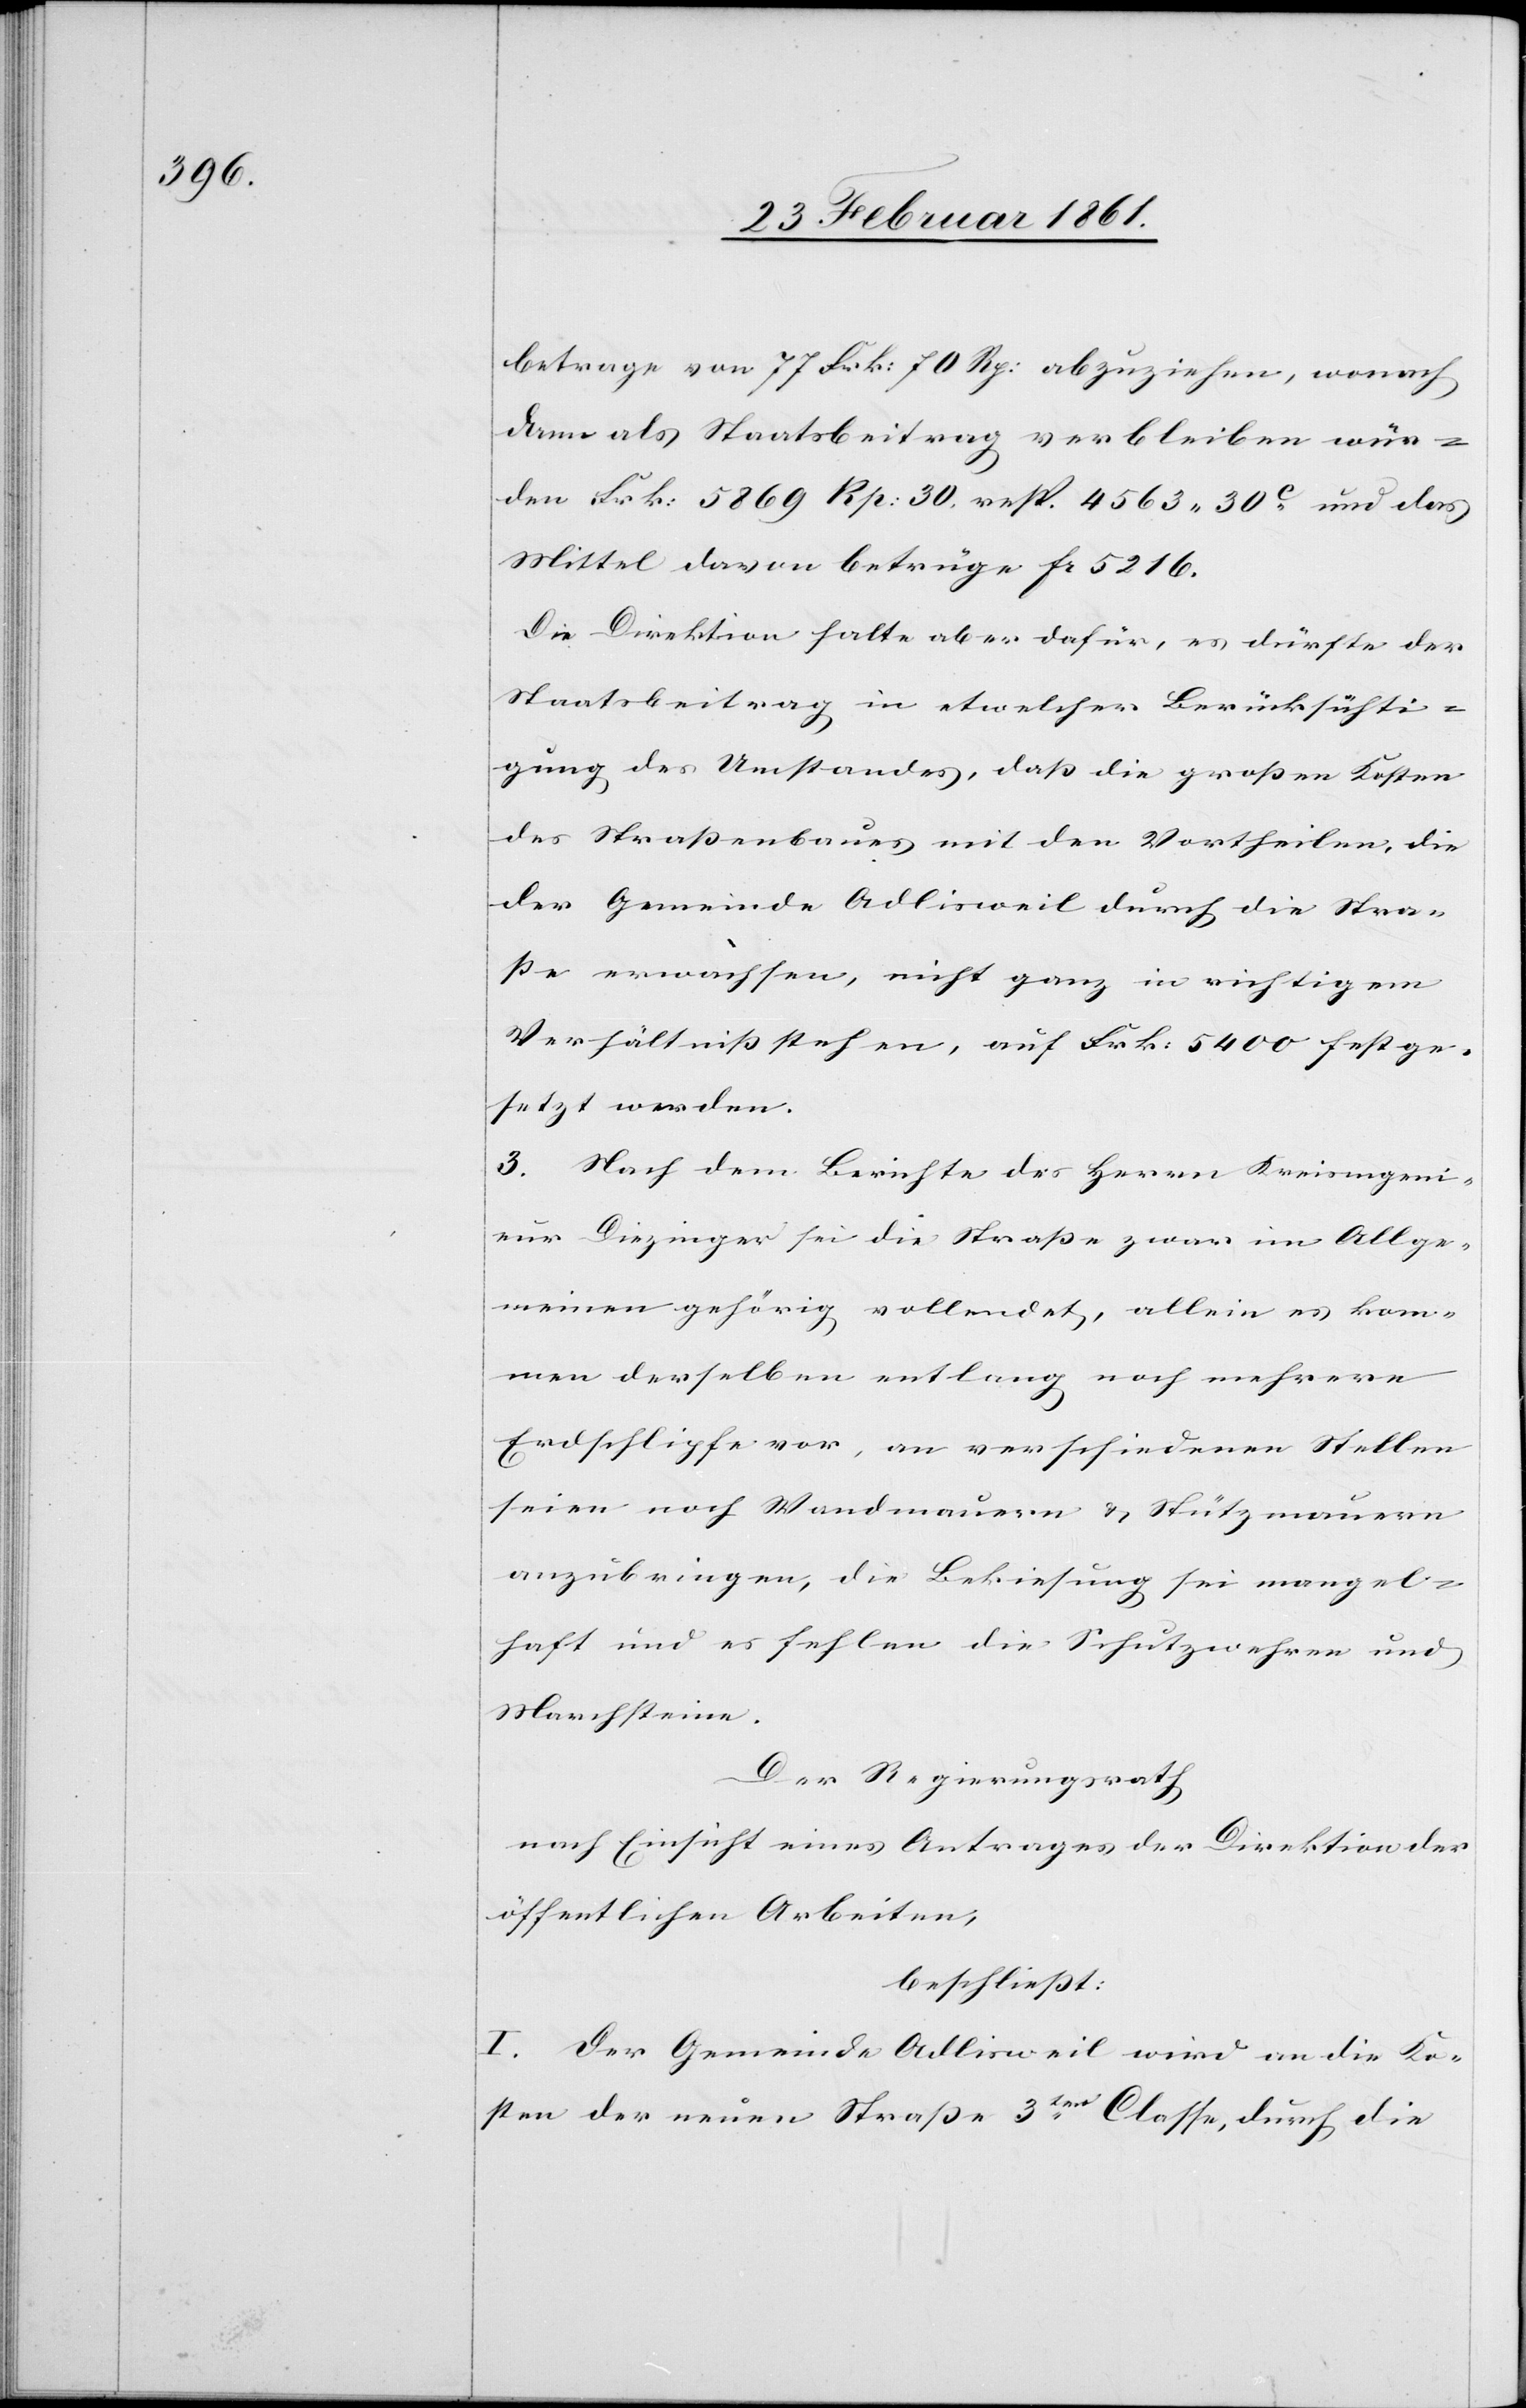
betrage von 77 Frk. 70 Rp. abzuziehen, wonach
dann als Staatsbeitrag verbleiben wür¬
den Frk. 5869 Rp. 30. resp. 4563 [Frk.] 30C und das
Mittel davon betrüge fr. 5216.
Die Direktion halte aber dafür, es dürfte der
Staatsbeitrag in etwelcher Berücksichti¬
gung des Umstandes, dass die grossen Kosten
des Strassenbaues mit den Vortheilen, die
der Gemeinde Adlisweil durch die Stras¬
se erwachsen, nicht ganz in richtigem
Verhältniss stehen, auf Frk. 5400 festge¬
setzt werden.
3. Nach dem Berichte des Herrn Kreisingeni¬
eur Diezinger sei die Strasse zwar im Allge¬
meinen gehörig vollendet, allein es kom¬
men derselben entlang noch mehrere
Erdschlipfe vor, an verschiedenen Stellen
seien noch Wandmauern u. Stützmauern
anzubringen, die Bekiesung sei mangel¬
haft und es fehlen die Schutzwehre und
Marchsteine.
Der Regierungsrath,
nach Einsicht eines Antrages der Direktion der
öffentlichen Arbeiten,
beschliesst:
I. Der Gemeinde Adliswil wird an die Ko¬
sten der neuen Strasse 3ter Classe, durch die